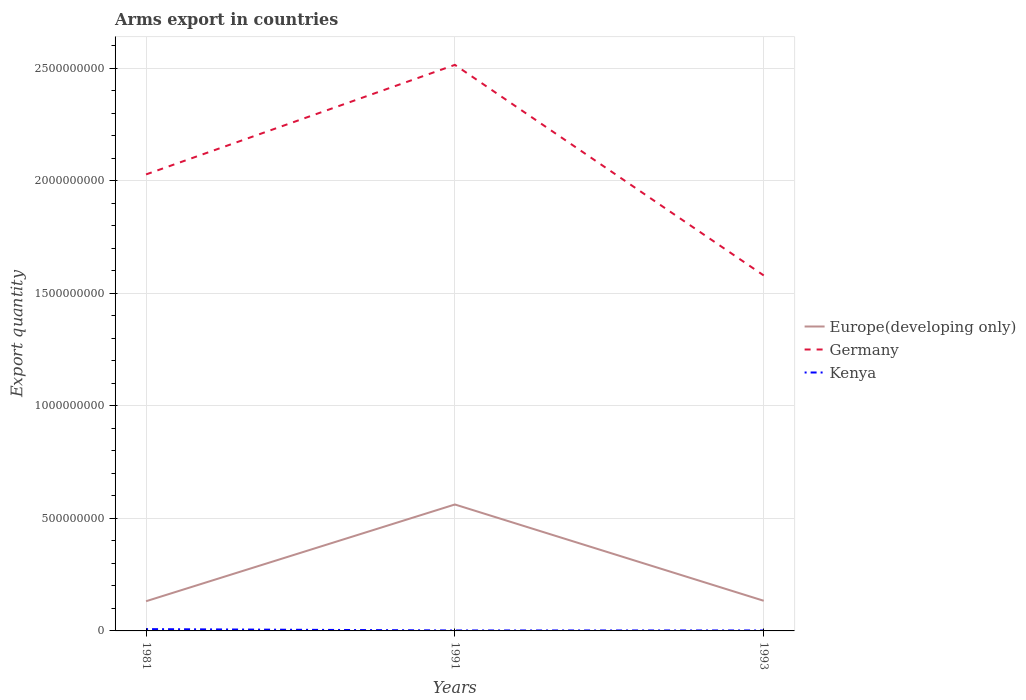
| Years | Europe(developing only) | Germany | Kenya |
 | --- | --- | --- | --- |
 | 1981 | 1.32e+08 | 2.03e+09 | 8e+06 |
 | 1991 | 5.62e+08 | 2.52e+09 | 2e+06 |
 | 1993 | 1.34e+08 | 1.58e+09 | 2e+06 |